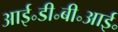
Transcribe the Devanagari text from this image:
आई॰डी॰बी॰आई॰